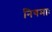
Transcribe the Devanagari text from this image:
निगमाः